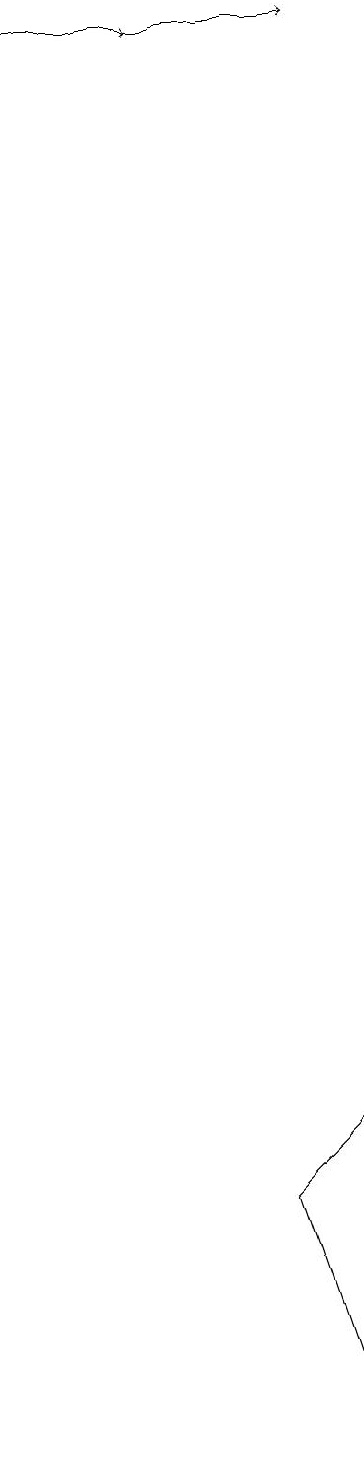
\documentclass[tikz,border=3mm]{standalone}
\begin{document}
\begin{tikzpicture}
\draw[->] (2,18) -- (4,18);
\draw[->] (3,18) -- (6,18);
\draw (6,4) -- (5,3) -- (6,0) -- cycle;
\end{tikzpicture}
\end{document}